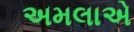
અમલાએ